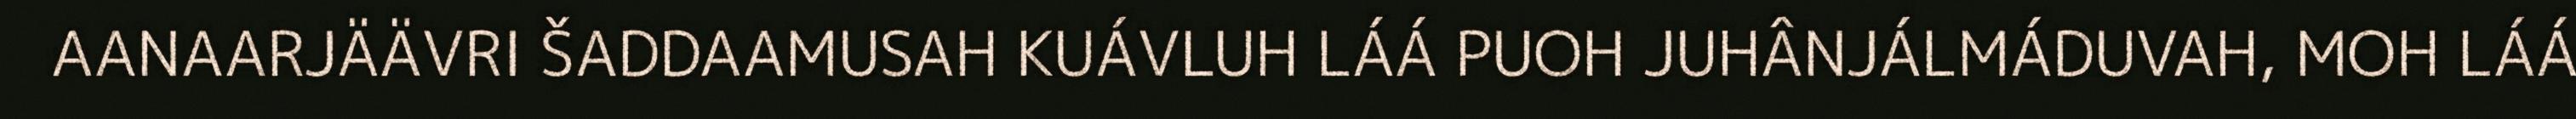
AANAARJÄÄVRI ŠADDAAMUSAH KUÁVLUH LÁÁ PUOH JUHÂNJÁLMÁDUVAH, MOH LÁÁ